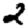
Digit: 2